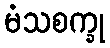
မံသစက္ခု